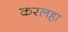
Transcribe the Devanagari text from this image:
करलहा